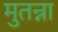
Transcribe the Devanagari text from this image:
मुतन्ना